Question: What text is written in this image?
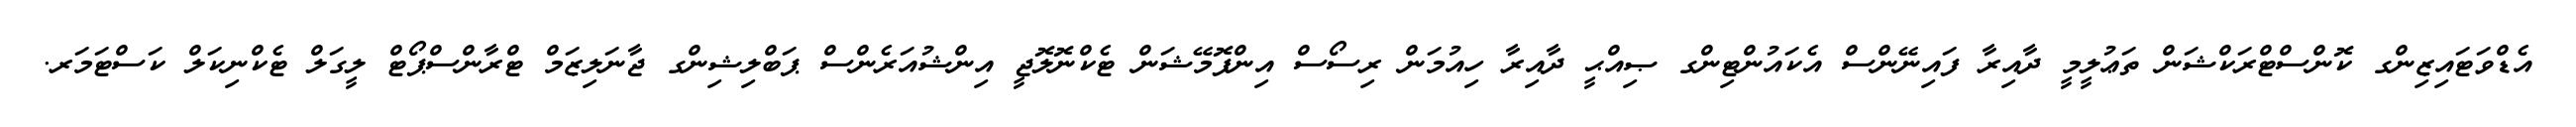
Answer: އެޑްވަޓައިޒިންގ ކޮންސްޓްރަކްޝަން ތަޢުލީމީ ދާއިރާ ފައިނޭންސް އެކައުންޓިންގ ޞިއްޙީ ދާއިރާ ހިއުމަން ރިސޯސް އިންފޮމޭޝަން ޓެކްނޮލޮޖީ އިންޝުއަރެންސް ޕަބްލިޝިންގ ޖާނަލިޒަމް ޓްރާންސްޕޯޓް ލީގަލް ޓެކްނިކަލް ކަސްޓަމަރ.